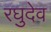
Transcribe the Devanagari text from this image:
रघुदेव